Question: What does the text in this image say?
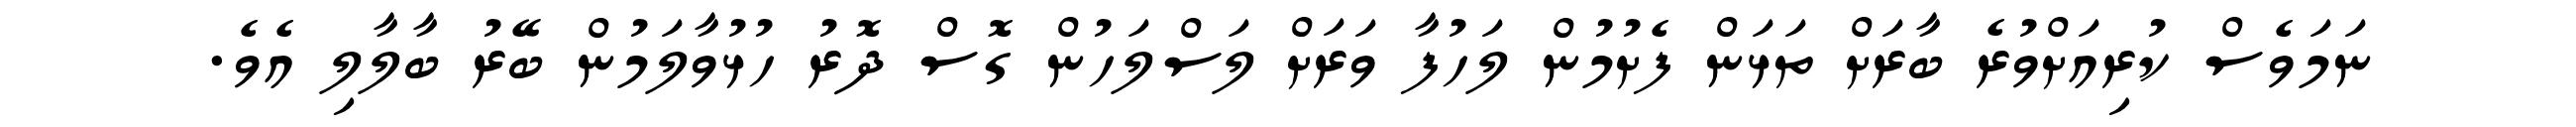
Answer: ނަމަވެސް ކުރިއަށްވުރެ ބާރަށް ތަޅަން ފެށުމުން ލަހުފާ ވަރަށް ލަސްލަހުން ގޮސް ދޮރު ހުޅުވާލަމުން ބޭރު ބާލާލި އެވެ.